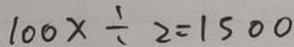
1 0 0 x \div 2 = 1 5 0 0